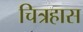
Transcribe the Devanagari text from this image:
चित्रहास